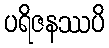
ပရိဇနဿပိ